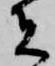
者